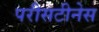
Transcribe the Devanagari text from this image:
परीसटीनेस